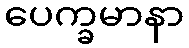
ပေက္ခမာနာ